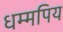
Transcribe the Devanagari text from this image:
धम्मपिय